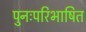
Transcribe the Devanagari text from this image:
पुनःपरिभाषित